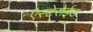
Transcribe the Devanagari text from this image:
ऐस्टेरोईड